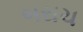
બરાચ